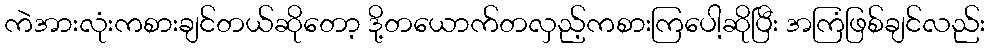
ကဲအားလုံးကစားချင်တယ်ဆိုတော့ ဒို့တယောက်တလှည့်ကစားကြပေါ့ဆိုပြီး အကြံဖြစ်ချင်လည်း